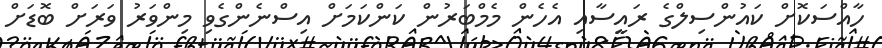
ހާއްސަކޮށް ކައުންސިލްގެ ރައީސާއި އެހެން މެމްބަރުން ކަންކަމަށް އިސްނެންގެވި މިންވަރު ވަރަށް ބޮޑަށް